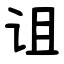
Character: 诅